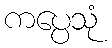
ကပ္ပေသုံ